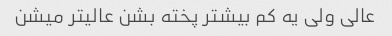
عالی ولی یه کم بیشتر پخته بشن عالیتر میشن